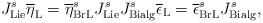
\begin{align*}J_{\mathrm{Lie}}^{s}\overline{\eta }_{\mathrm{L}}=\overline{\eta }_{\mathrm{BrL}}^{s}J_{\mathrm{Lie}}^{s}J_{\mathrm{Bialg}}^{s}\overline{\epsilon }_{\mathrm{L}}=\overline{\epsilon }_{\mathrm{BrL}}^{s}J_{\mathrm{Bialg}}^{s}, \end{align*}